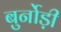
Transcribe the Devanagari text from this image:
बुर्नोड़ी